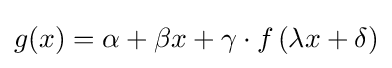
g(x)=\alpha +\beta x+\gamma \cdot f\left(\lambda x+\delta \right)